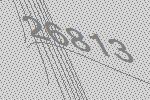
26813